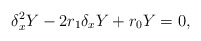
\begin{align*}\delta_x^2Y-2r_1\delta_xY+r_0Y=0,\end{align*}